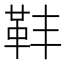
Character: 𩉧